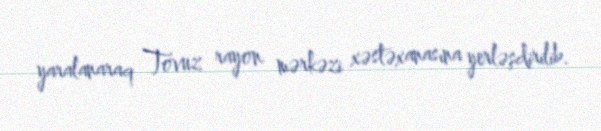
yaralanaraq Tovuz rayon mərkəzi xəstəxanasına yerləşdirilib.